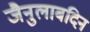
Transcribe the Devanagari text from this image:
जैनुलाबदिन